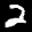
Label: 2